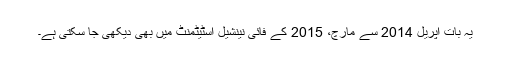
یہ بات اپریل 2014 سے مارچ، 2015 کے فائی نینشیل اسٹیٹمنٹ میں بھی دیکھی جا سکتی ہے۔